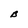
Character: B